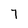
Character: 7